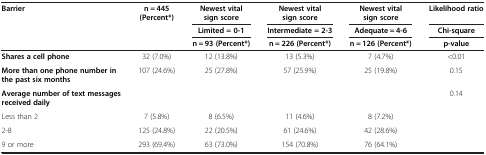
<table><thead><tr><td rowspan="3"><b>Barrier</b></td><td rowspan="3"><b>n = 445 (Percent*)</b></td><td><b>Newest vital sign score</b></td><td><b>Newest vital sign score</b></td><td><b>Newest vital sign score</b></td><td><b>Likelihood ratio</b></td></tr><tr><td><b>Limited = 0-1</b></td><td><b>Intermediate = 2-3</b></td><td><b>Adequate = 4-6</b></td><td><b>Chi-square</b></td></tr><tr><td><b>n = 93 (Percent*)</b></td><td><b>n = 226 (Percent*)</b></td><td><b>n = 126 (Percent*)</b></td><td><b>p-value</b></td></tr></thead><tbody><tr><td><b>Shares a cell phone</b></td><td>32 (7.0%)</td><td>12 (13.8%)</td><td>13 (5.3%)</td><td>7 (4.7%)</td><td>&lt;0.01</td></tr><tr><td><b>More than one phone number in the past six months</b></td><td>107 (24.6%)</td><td>25 (27.8%)</td><td>57 (25.9%)</td><td>25 (19.8%)</td><td>0.15</td></tr><tr><td><b>Average number of text messages received daily</b></td><td colspan="4"> </td><td rowspan="4">0.14</td></tr><tr><td>Less than 2</td><td>7 (5.8%)</td><td>8 (6.5%)</td><td>11 (4.6%)</td><td>8 (7.2%)</td></tr><tr><td>2-8</td><td>125 (24.8%)</td><td>22 (20.5%)</td><td>61 (24.6%)</td><td>42 (28.6%)</td></tr><tr><td>9 or more</td><td>293 (69.4%)</td><td>63 (73.0%)</td><td>154 (70.8%)</td><td>76 (64.1%)</td></tr></tbody></table>